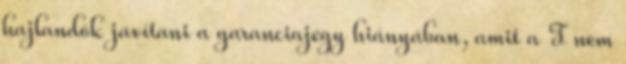
hajlandók javítani a garanciajegy hiányában, amit a T nem